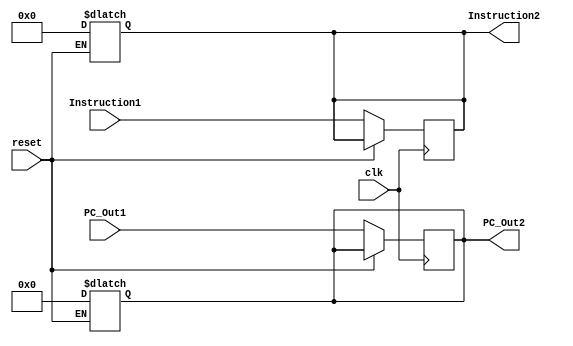
module IF_ID
  (
    input [63:0] PC_Out1,
    input [31:0] Instruction1,
    input clk,
    input reset,
    output reg [63:0] PC_Out2,
    output reg [31:0] Instruction2
  );
  
  always @ (reset)
  begin 
    if (reset)
      begin 
        PC_Out2 <= 64'b0;
        Instruction2 = 32'b0;
        end
  end
  always @ (posedge clk)
  begin
  if (! reset)
  begin 
    PC_Out2 <= PC_Out1;
    Instruction2 <= Instruction1;
end  
  end
  
endmodule